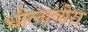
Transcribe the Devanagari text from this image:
धौलावीरा